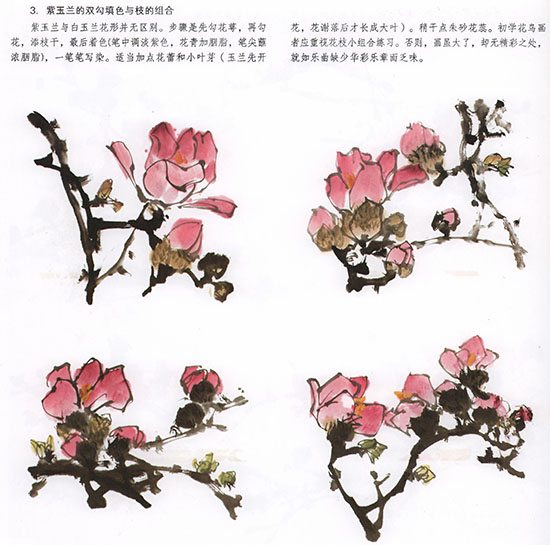
来岁花前。又是今年忆去年。